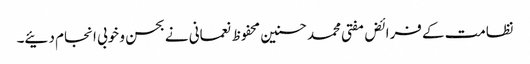
نظامت کے فرائض مفتی محمدحسنین محفوظ نعمانی نے بحسن و خوبی انجام دئیے۔